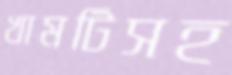
খামটিসহ